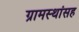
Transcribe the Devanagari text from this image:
ग्रामस्थांसह